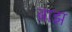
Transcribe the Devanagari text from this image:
ब्राझ